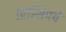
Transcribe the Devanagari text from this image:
प्रिन्सिपचे